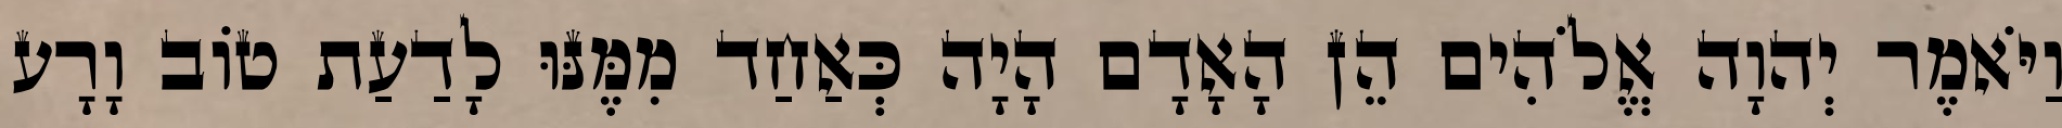
וַיֹּאמֶר יְהוָה אֱלֹהִים הֵן הָאָדָם הָיָה כְּאַחַד מִמֶּנּוּ לָדַעַת טֹוב וָרָע